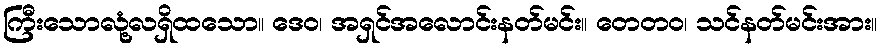
ကြီးသောလုံ့လရှိထသော။ ဒေဝ၊ အရှင်အလောင်းနတ်မင်း။ တေတဝ၊ သင်နတ်မင်းအား။